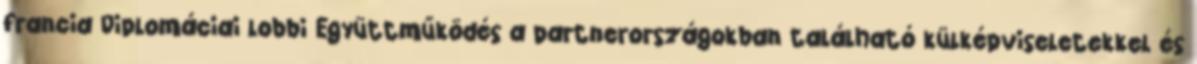
francia Diplomáciai lobbi Együttműködés a partnerországokban található külképviseletekkel és